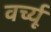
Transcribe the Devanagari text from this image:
वर्च्यू